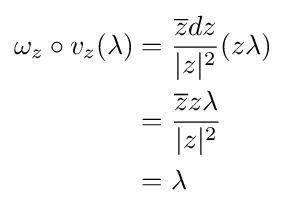
{\begin{aligned}\omega _{z}\circ v_{z}(\lambda )&={\frac {{\overline {z}}dz}{|z|^{2}}}(z\lambda )\\&={\frac {{\overline {z}}z\lambda }{|z|^{2}}}\\&=\lambda \end{aligned}}